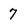
Character: 7